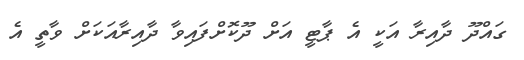
ގައްދޫ ދާއިރާ އަކީ އެ ޕާޓީ އަށް ދޫކޮށްފައިވާ ދާއިރާއަކަށް ވާތީ އެ